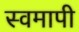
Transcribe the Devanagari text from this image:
स्वमापी